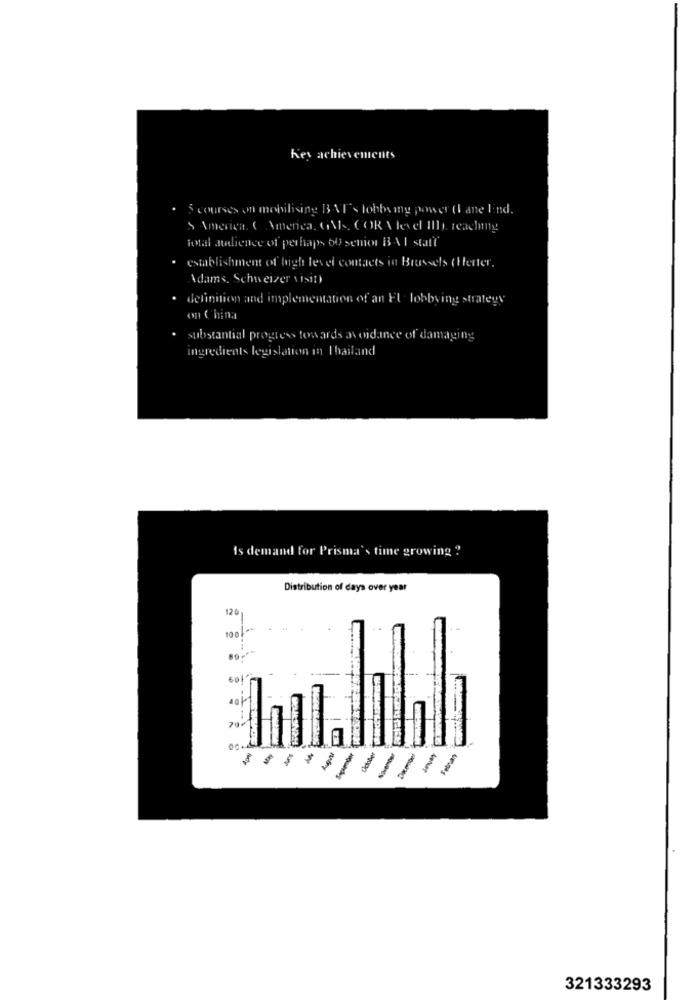
Kes achievements
.5 courses on mobilising BAT's lobbying power (I ane lind.
S America. ( America, GM ., CORNlevel III), reaching
total audience of perhaps 60 senior B-AI staff
establishment of high level contacts in Brussels (Herter.
Adams, Schweizer visit)
definition and implementation of an El lobbying strategy
on China
substantial progress towards avoidance of damaging
ingredients legislation in Thailand
Is demand for Prisma's time growing ?
Distribution of days over year
120
501
Clobber
-
-
321333293